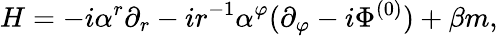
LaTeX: H=-i\alpha^{r}\partial_{r}-ir^{-1}\alpha^{\varphi}(\partial_{\varphi}-i\Phi^{(0)})+\beta m,